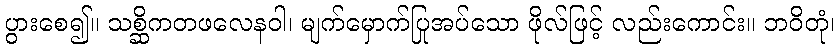
ပွားစေ၍။ သစ္ဆိကတဖလေနဝါ၊ မျက်မှောက်ပြုအပ်သော ဖိုလ်ဖြင့် လည်းကောင်း။ ဘဝိတုံ၊